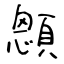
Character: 顖